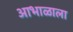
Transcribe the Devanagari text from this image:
आभाळाला